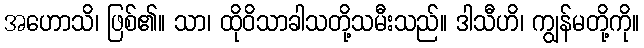
အဟောသိ၊ ဖြစ်၏။ သာ၊ ထိုဝိသာခါသတို့သမီးသည်။ ဒါသီဟိ၊ ကျွန်မတို့ကို။